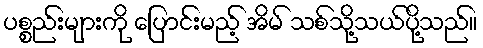
ပစ္စည်းများကို ပြောင်းမည့် အိမ် သစ်သို့သယ်ပို့သည်။